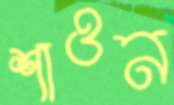
শাওন